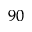
^ { 9 0 }